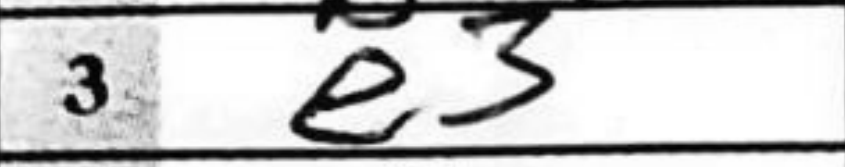
Transcription: e3